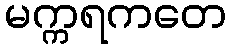
မက္ကရကတေ